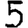
Digit: 5